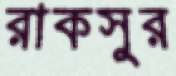
রাকসুর